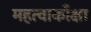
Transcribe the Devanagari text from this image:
महत्वाकाँक्षा